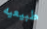
طبيعيه